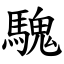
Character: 騩